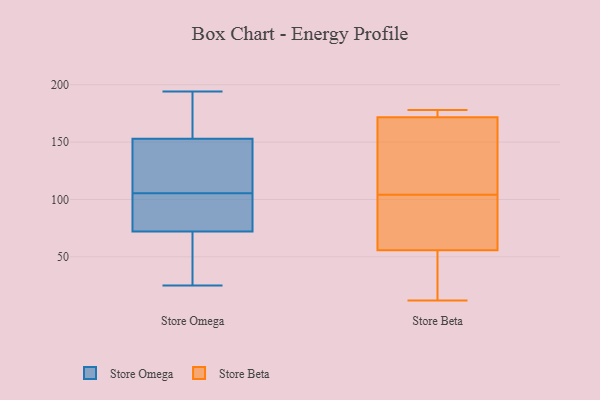
{"axis": {"x": "Shipments", "y": "Value"}, "legend": ["Store Beta", "Store Omega"], "data": [{"x": "", "y": 144, "type": "Store Omega"}, {"x": "", "y": 59, "type": "Store Omega"}, {"x": "", "y": 153, "type": "Store Omega"}, {"x": "", "y": 25, "type": "Store Omega"}, {"x": "", "y": 31, "type": "Store Omega"}, {"x": "", "y": 160, "type": "Store Omega"}, {"x": "", "y": 104, "type": "Store Omega"}, {"x": "", "y": 107, "type": "Store Omega"}, {"x": "", "y": 72, "type": "Store Omega"}, {"x": "", "y": 108, "type": "Store Omega"}, {"x": "", "y": 83, "type": "Store Omega"}, {"x": "", "y": 194, "type": "Store Omega"}, {"x": "", "y": 38, "type": "Store Omega"}, {"x": "", "y": 176, "type": "Store Omega"}, {"x": "", "y": 175, "type": "Store Omega"}, {"x": "", "y": 124, "type": "Store Omega"}, {"x": "", "y": 80, "type": "Store Omega"}, {"x": "", "y": 81, "type": "Store Omega"}, {"x": "", "y": 174, "type": "Store Beta"}, {"x": "", "y": 104, "type": "Store Beta"}, {"x": "", "y": 177, "type": "Store Beta"}, {"x": "", "y": 58, "type": "Store Beta"}, {"x": "", "y": 178, "type": "Store Beta"}, {"x": "", "y": 117, "type": "Store Beta"}, {"x": "", "y": 55, "type": "Store Beta"}, {"x": "", "y": 75, "type": "Store Beta"}, {"x": "", "y": 12, "type": "Store Beta"}, {"x": "", "y": 52, "type": "Store Beta"}, {"x": "", "y": 165, "type": "Store Beta"}]}